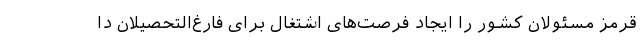
قرمز مسئولان کشور را ایجاد فرصت‌های اشتغال برای فارغ‌التحصیلان دا